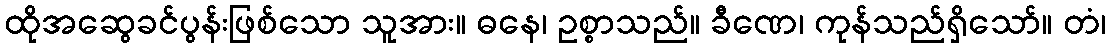
ထိုအဆွေခင်ပွန်းဖြစ်သော သူအား။ ဓနေ၊ ဥစ္စာသည်။ ခီဏေ၊ ကုန်သည်ရှိသော်။ တံ၊